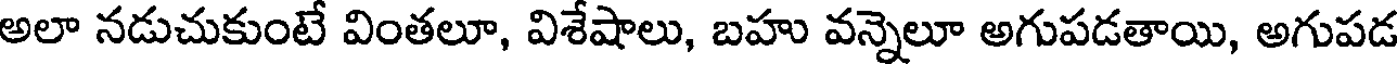
అలా నడుచుకుంటే వింతలూ, విశేషాలు, బహు వన్నెలూ అగుపడతాయి, అగుపడ